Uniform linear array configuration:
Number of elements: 12
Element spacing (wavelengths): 0.75
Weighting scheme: hamming
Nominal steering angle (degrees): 0
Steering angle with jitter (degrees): -0.2601
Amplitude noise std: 0.05
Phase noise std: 0.05

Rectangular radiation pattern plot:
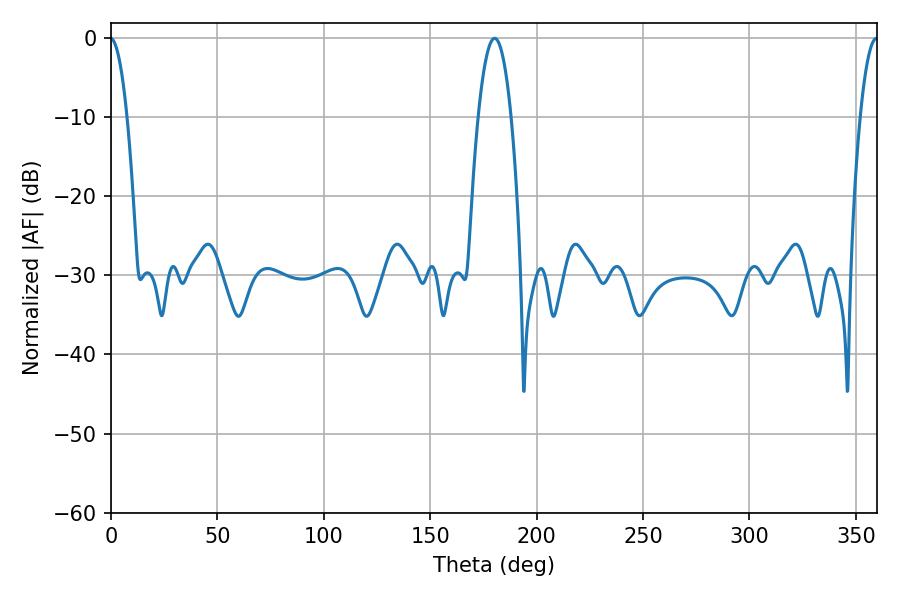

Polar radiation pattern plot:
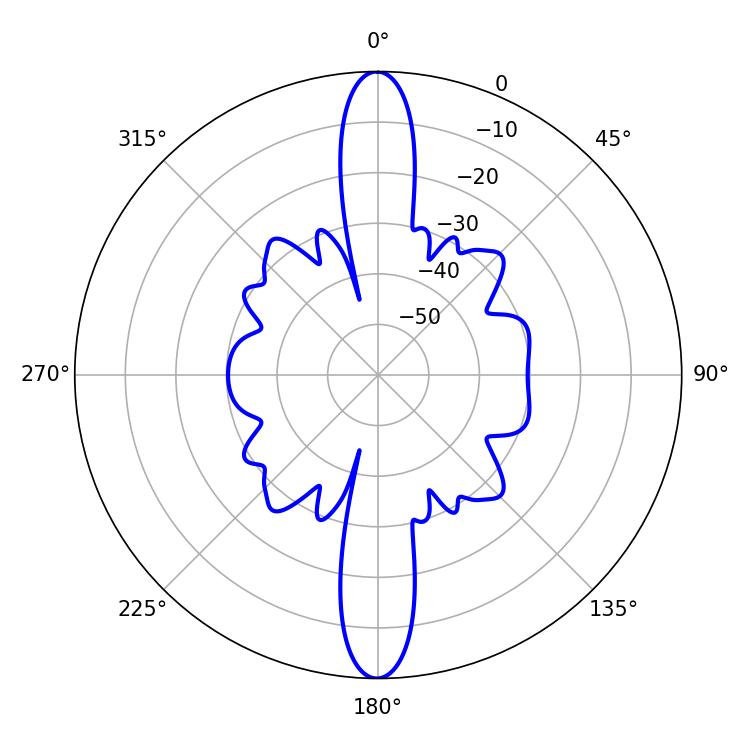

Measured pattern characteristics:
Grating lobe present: TRUE
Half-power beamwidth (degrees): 8.46
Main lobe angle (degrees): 180.18